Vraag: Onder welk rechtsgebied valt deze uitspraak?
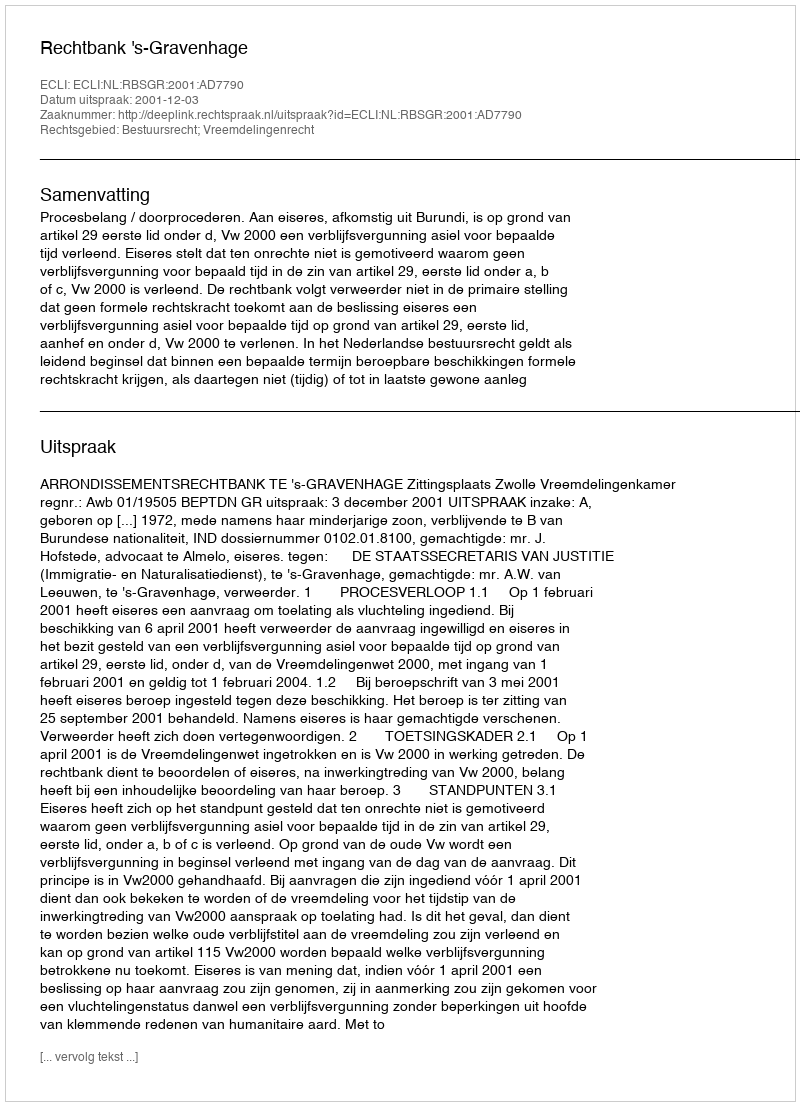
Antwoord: Bestuursrecht; Vreemdelingenrecht